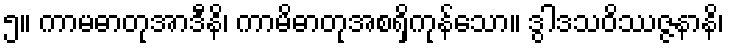
၅။ ကာမဓာတုအာဒီနိ၊ ကာမိဓာတုအစရှိကုန်သော။ ဒွါဒသဝိဿဇ္ဇနာနိ၊